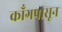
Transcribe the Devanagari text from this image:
काँगपासून